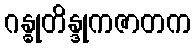
ဂန္ဓုတိန္ဒုကဇာတက